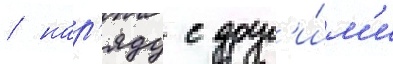
/ нар'яду с друг'и́м'и